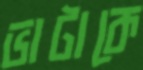
ভাটাকে